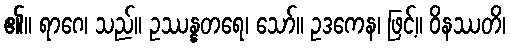
၏။ ရာဂေ၊ သည်။ ဥဿန္နတရေ၊ သော်။ ဥဒကေန၊ ဖြင့်။ ဝိနဿတိ၊